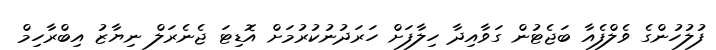
ފުލުހުންގެ ވެލްފެއާ ބަޖެޓުން ގަވާއިދާ ހިލާފަށް ހަރަދުނުކުރުމަށް އޮޑިޓަ ޖެނެރަލް ނިޔާޒު އިބްރާހިމް